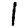
Digit: 1